Annual report of the Civil Veterinary Department, Bengal, for the year 1897-98 - 1897-1898
Year: 1897
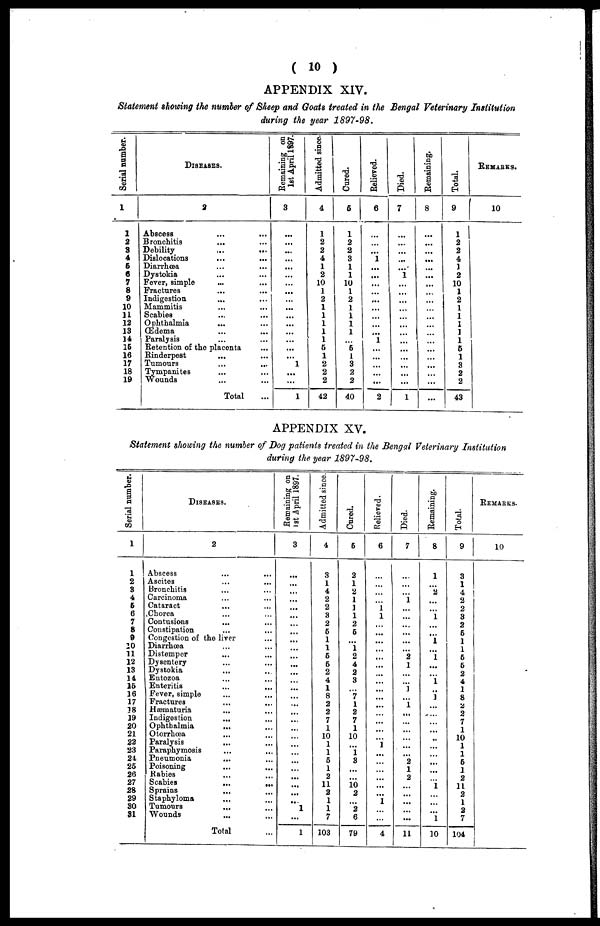
( 10 )
APPENDIX XIV.
Statement showing the number of Sheep and Goats treated in the Bengal Veterinary Institution
during the year 1897-98.
Serial number.
1
1
2
3
4
6
6
7
8
9
10
31
12
13
14
15
16
17
18
19
DISEASES.
2
Abscess ... ...
Bronchitis ... ...
Debility ... ...
Dislocations
... ...
Diarrhœa ... ...
Dystokia ... ...
Fever, simple ... ...
Fractures ... ...
Indigestion ... ...
Mammitis ... ...
Scabies ... ...
Ophthalmia ... ...
Œdema ... ...
Paralysis ... ...
Retention of the placenta ...
Rinderpest ... ...
Tumours ... ...
Tympanites ... ...
Wounds ... ...
Total ...
Remaining on
1st April 1897.
3
...
...
...
...
...
...
...
...
...
...
...
...
...
...
...
...
1
...
...
1
Admitted since.
4
1
2
2
4
1
2
10
1
2
1
1
1
1
1
5
1
2
2
2
42
Cured.
6
1
2
2
3
1
1
10
1
2
1
1
1
1
...
5
1
3
2
2
40
Relieved.
6
...
...
...
1
...
...
...
...
...
...
...
...
...
1
...
...
...
...
...
2
Died.
7
...
...
...
...
...
1
...
...
...
...
...
...
...
...
...
...
...
...
...
1
Remaining.
8
...
...
...
...
...
...
...
...
...
...
...
...
...
...
...
...
...
...
Total.
9
1
2
2
4
1
2
10
1
2
1
1
1
1
1
5
1
3
2
2
43
REMARKS.
10
APPENDIX XV.
Statement showing the number of Dog patients treated in the Bengal Veterinary Institution
during the year 1897-98.
Serial number.
1
1
2
3
4
6
6
7
8
9
10
11
12
13
14
15
16
17
18
19
20
21
22
23
24
25
26
27
28
29
30
31
DISEASES.
2
Abscess ... ...
Ascites ... ...
Bronchitis ... ...
Carcinoma ... ...
Cataract ... ...
Chorea ... ...
Contusions ... ...
Constipation ... ...
Congestion of the liver ...
Diarrhœa ... ...
Distemper ... ...
Dysentery ... ...
Dystokia ... ...
Entozoa ... ...
Enteritis ... ...
Fever, simple ... ...
Fractures ... ...
Hæmaturia ... ...
Indigestion
... ...
Ophthalmia ... ...
Otorrhœa ... ...
Paralysis
... ...
Paraphymosis ... ...
Pneumonia ... ...
Poisoning ... ...
Rabies ... ...
Scabies
...
...
Sprains ... ...
Staphyloma ... ...
Tumours
...
...
Wounds ... ...
Total ...
Remaining on
1st
April 1897.
3
...
...
...
...
...
...
...
...
...
...
...
...
...
...
...
...
...
...
...
...
...
...
...
...
...
...
...
...
...
1
...
1
Admitted since.
4
3
1
4
2
2
3
2
5
1
1
5
5
2
4
1
8
2
2
7
1
10
1
1
5
1
2
11
2
1
1
7
103
Cured.
5
2
1
2
1
1
1
2
5
...
1
2
4
2
3
...
7
1
2
7
1
10
...
1
3
...
...
10 2
...
2
6
79
Relieved.
6
...
...
...
...
1 1
...
...
...
...
...
...
...
...
...
...
...
...
...
...
...
1
...
...
...
...
...
...
1
...
...
4
Died.
7
...
...
...
1
...
...
...
...
...
...
2
1
...
...
1
...
1
...
...
...
...
...
...
2
1
2
...
...
...
...
...
11
Remaining.
8
1
...
2
...
...
1
...
...
1
...
1 ...
...
1
...
1
...
...
...
...
...
...
...
...
...
...
1
...
...
...
1
10
Total.
9
3
1
4
2
2
3
2
5
1
1
5
5
2
4
1
8
2
2
7
1
10
1
1
5
1
2
11
2
1
2
7
104
REMARKS.
10